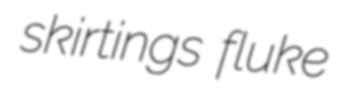
skirtings fluke